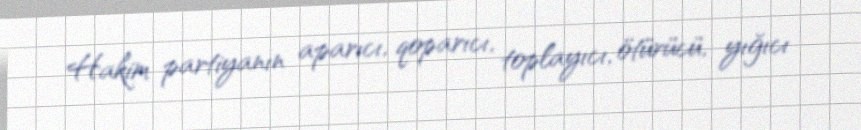
Hakim partiyanın aparıcı, qoparıcı, toplayıcı, ötürücü, yığıcı